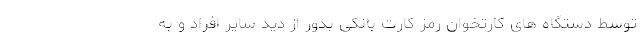
توسط دستگاه های کارتخوان رمز کارت بانکی بدور از دید سایر افراد و به